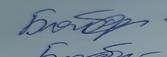
Signature authenticity: genuine